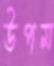
উপম